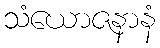
သံယောဇနာနံ